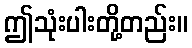
ဤသုံးပါးတို့တည်း။